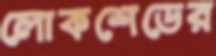
লোকশেডের